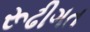
રૂઢીગત